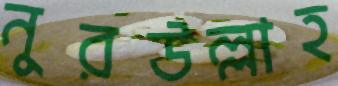
নুরউল্লাহ